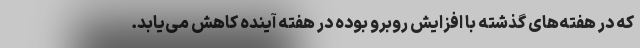
که در هفته‌های گذشته با افزایش روبرو بوده در هفته آینده کاهش می‌یابد.